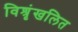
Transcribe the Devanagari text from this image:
विश्रृंखलित